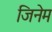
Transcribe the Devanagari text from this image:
जिनेम